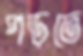
পড়তে